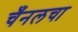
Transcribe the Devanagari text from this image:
चँनलचा